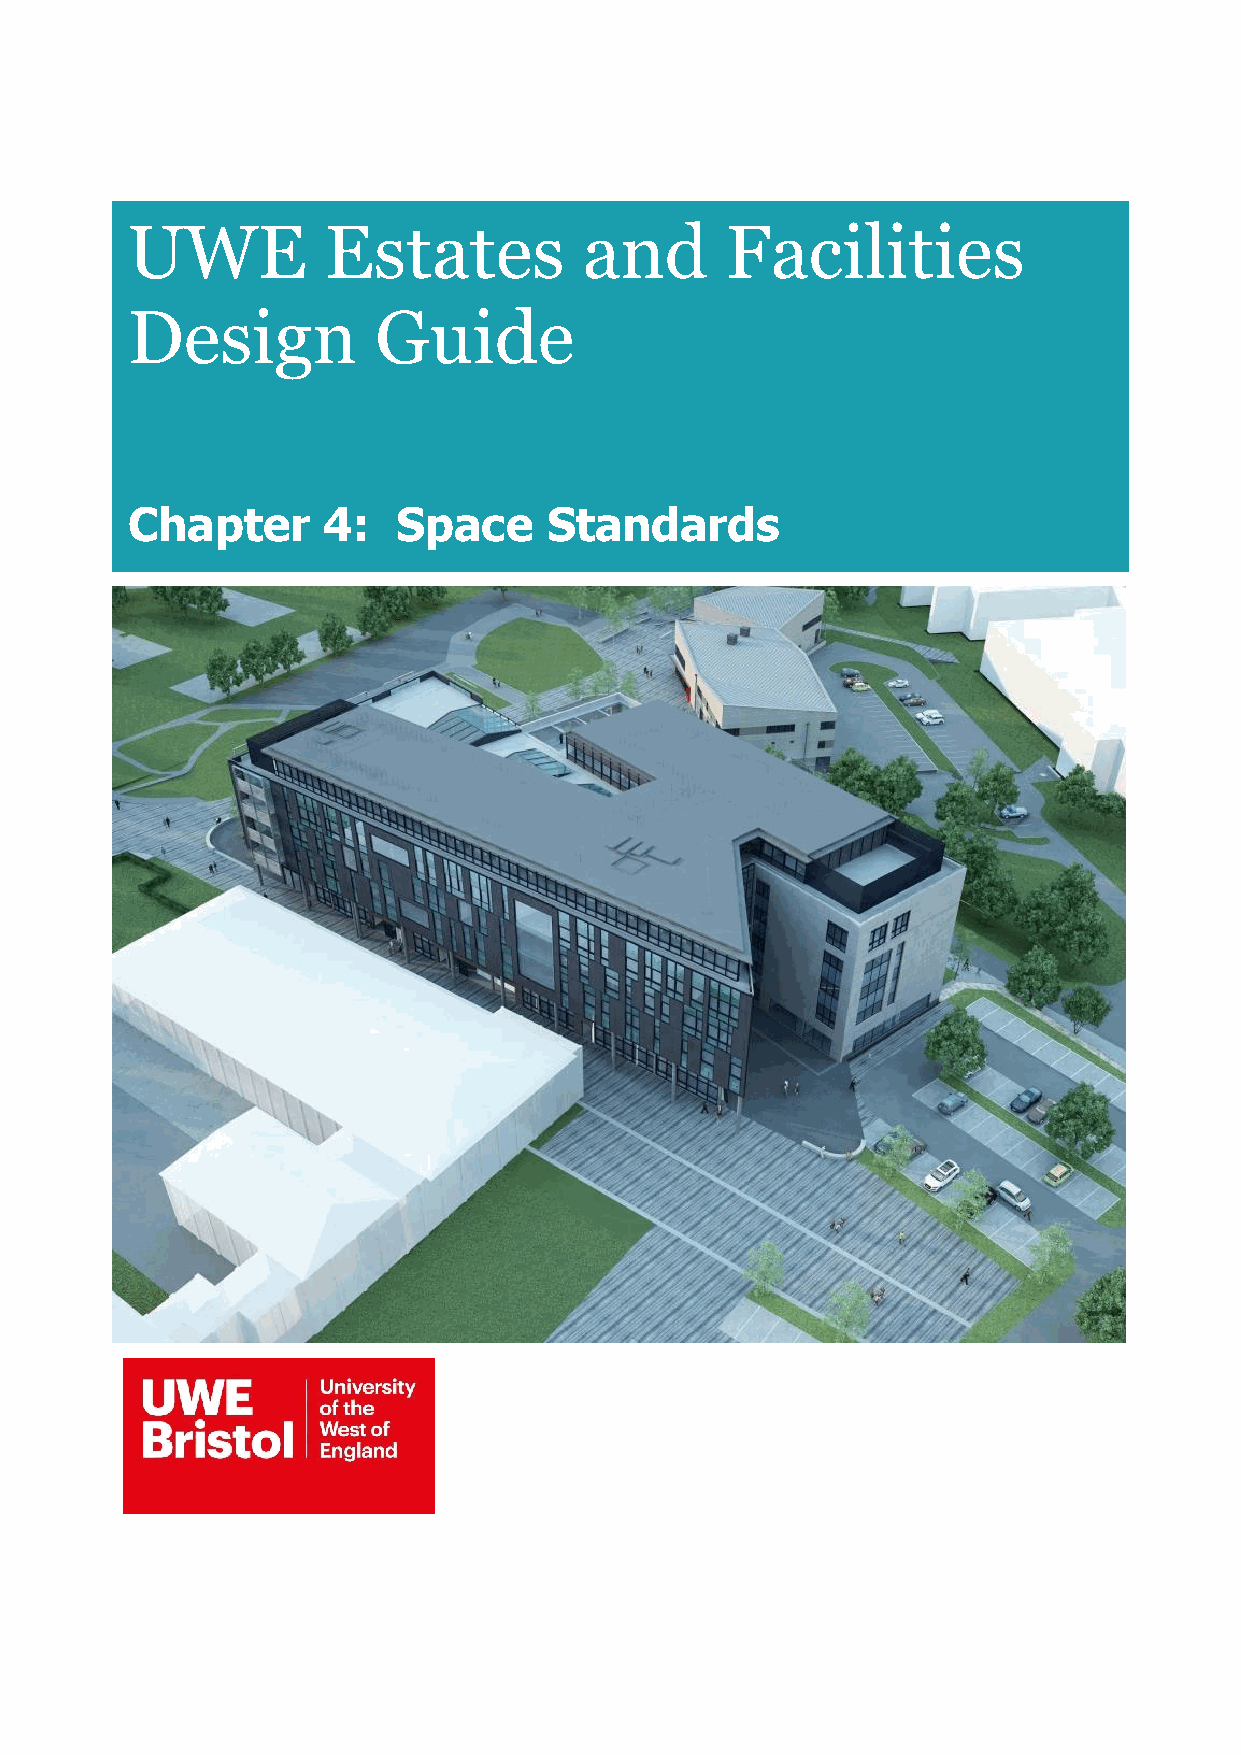
UWE          Estates           and      Facilities
 Design           Guide
 Chapter      4:   Space     Standards